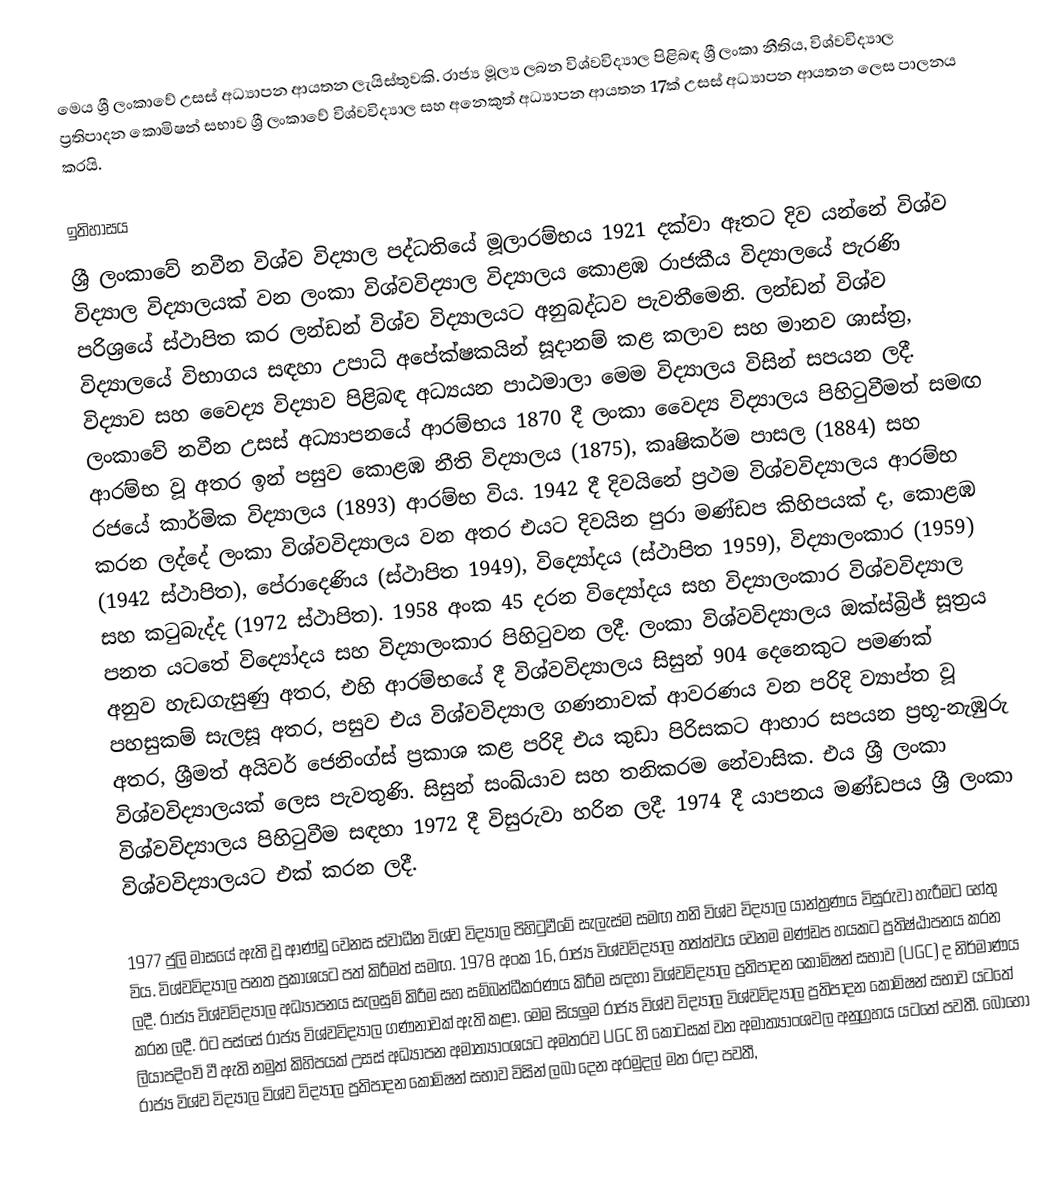
මෙය ශ්‍රී ලංකාවේ උසස් අධ්‍යාපන ආයතන ලැයිස්තුවකි. රාජ්‍ය මූල්‍ය ලබන විශ්වවිද්‍යාල පිළිබඳ ශ්‍රී ලංකා නීතිය, විශ්වවිද්‍යාල ප්‍රතිපාදන කොමිෂන් සභාව ශ්‍රී ලංකාවේ විශ්වවිද්‍යාල සහ අනෙකුත් අධ්‍යාපන ආයතන 17ක් උසස් අධ්‍යාපන ආයතන ලෙස පාලනය කරයි.

ඉතිහාසය
ශ්‍රී ලංකාවේ නවීන විශ්ව විද්‍යාල පද්ධතියේ මූලාරම්භය 1921 දක්වා ඈතට දිව යන්නේ විශ්ව විද්‍යාල විද්‍යාලයක් වන ලංකා විශ්වවිද්‍යාල විද්‍යාලය කොළඹ රාජකීය විද්‍යාලයේ පැරණි පරිශ්‍රයේ ස්ථාපිත කර ලන්ඩන් විශ්ව විද්‍යාලයට අනුබද්ධව පැවතීමෙනි. ලන්ඩන් විශ්ව විද්‍යාලයේ විභාගය සඳහා උපාධි අපේක්ෂකයින් සූදානම් කළ කලාව සහ මානව ශාස්ත්‍ර, විද්‍යාව සහ වෛද්‍ය විද්‍යාව පිළිබඳ අධ්‍යයන පාඨමාලා මෙම විද්‍යාලය විසින් සපයන ලදී. ලංකාවේ නවීන උසස් අධ්‍යාපනයේ ආරම්භය 1870 දී ලංකා වෛද්‍ය විද්‍යාලය පිහිටුවීමත් සමඟ ආරම්භ වූ අතර ඉන් පසුව කොළඹ නීති විද්‍යාලය (1875), කෘෂිකර්ම පාසල (1884) සහ රජයේ කාර්මික විද්‍යාලය (1893) ආරම්භ විය. 1942 දී දිවයිනේ ප්‍රථම විශ්වවිද්‍යාලය ආරම්භ කරන ලද්දේ ලංකා විශ්වවිද්‍යාලය වන අතර එයට දිවයින පුරා මණ්ඩප කිහිපයක් ද, කොළඹ (1942 ස්ථාපිත), පේරාදෙණිය (ස්ථාපිත 1949), විද්‍යෝදය (ස්ථාපිත 1959), විද්‍යාලංකාර (1959) සහ කටුබැද්ද (1972 ස්ථාපිත). 1958 අංක 45 දරන විද්‍යෝදය සහ විද්‍යාලංකාර විශ්වවිද්‍යාල පනත යටතේ විද්‍යෝදය සහ විද්‍යාලංකාර පිහිටුවන ලදී. ලංකා විශ්වවිද්‍යාලය ඔක්ස්බ්‍රිජ් සූත්‍රය අනුව හැඩගැසුණු අතර, එහි ආරම්භයේ දී විශ්වවිද්‍යාලය සිසුන් 904 දෙනෙකුට පමණක් පහසුකම් සැලසූ අතර, පසුව එය විශ්වවිද්‍යාල ගණනාවක් ආවරණය වන පරිදි ව්‍යාප්ත වූ අතර, ශ්‍රීමත් අයිවර් ජෙනිංග්ස් ප්‍රකාශ කළ පරිදි එය කුඩා පිරිසකට ආහාර සපයන ප්‍රභූ-නැඹුරු විශ්වවිද්‍යාලයක් ලෙස පැවතුණි. සිසුන් සංඛ්යාව සහ තනිකරම නේවාසික. එය ශ්‍රී ලංකා විශ්වවිද්‍යාලය පිහිටුවීම සඳහා 1972 දී විසුරුවා හරින ලදී. 1974 දී යාපනය මණ්ඩපය ශ්‍රී ලංකා විශ්වවිද්‍යාලයට එක් කරන ලදී.

1977 ජුලි මාසයේ ඇති වූ ආණ්ඩු වෙනස ස්වාධීන විශ්ව විද්‍යාල පිහිටුවීමේ සැලැස්ම සමඟ තනි විශ්ව විද්‍යාල යාන්ත්‍රණය විසුරුවා හැරීමට හේතු විය. විශ්වවිද්‍යාල පනත ප්‍රකාශයට පත් කිරීමත් සමඟ. 1978 අංක 16, රාජ්‍ය විශ්වවිද්‍යාල තත්ත්වය වෙනම මණ්ඩප හයකට ප්‍රතිෂ්ඨාපනය කරන ලදී. රාජ්‍ය විශ්වවිද්‍යාල අධ්‍යාපනය සැලසුම් කිරීම සහ සම්බන්ධීකරණය කිරීම සඳහා විශ්වවිද්‍යාල ප්‍රතිපාදන කොමිෂන් සභාව (UGC) ද නිර්මාණය කරන ලදී. ඊට පස්සේ රාජ්‍ය විශ්වවිද්‍යාල ගණනාවක් ඇති කළා. මෙම සියලුම රාජ්‍ය විශ්ව විද්‍යාල විශ්වවිද්‍යාල ප්‍රතිපාදන කොමිෂන් සභාව යටතේ ලියාපදිංචි වී ඇති නමුත් කිහිපයක් උසස් අධ්‍යාපන අමාත්‍යාංශයට අමතරව UGC හි කොටසක් වන අමාත්‍යාංශවල අනුග්‍රහය යටතේ පවතී. බොහෝ රාජ්‍ය විශ්ව විද්‍යාල විශ්ව විද්‍යාල ප්‍රතිපාදන කොමිෂන් සභාව විසින් ලබා දෙන අරමුදල් මත රඳා පවතී,